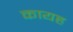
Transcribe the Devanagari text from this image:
कायह